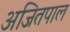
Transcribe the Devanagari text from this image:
अजितपाल